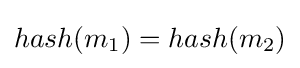
hash(m_{1})=hash(m_{2})